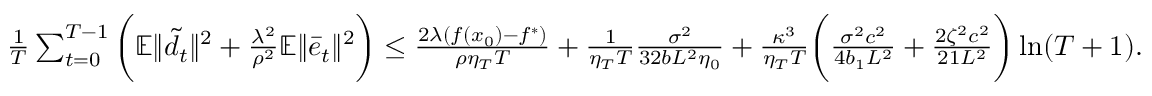
\begin{array} { r l } & { \frac { 1 } { T } \sum _ { t = 0 } ^ { T - 1 } \bigg ( \mathbb { E } \| \tilde { d _ { t } } \| ^ { 2 } + \frac { \lambda ^ { 2 } } { \rho ^ { 2 } } \mathbb { E } \| \bar { e } _ { t } \| ^ { 2 } \bigg ) \leq \frac { 2 \lambda ( f ( x _ { 0 } ) - f ^ { \ast } ) } { \rho \eta _ { T } T } + \frac { 1 } { \eta _ { T } T } \frac { \sigma ^ { 2 } } { 3 2 b L ^ { 2 } \eta _ { 0 } } + \frac { \kappa ^ { 3 } } { \eta _ { T } T } \bigg ( \frac { \sigma ^ { 2 } c ^ { 2 } } { 4 b _ { 1 } L ^ { 2 } } + \frac { 2 \zeta ^ { 2 } c ^ { 2 } } { 2 1 L ^ { 2 } } \bigg ) \ln ( T + 1 ) . } \end{array}